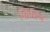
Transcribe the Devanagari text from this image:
शिंलिंग